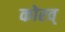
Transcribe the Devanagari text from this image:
कोरव्